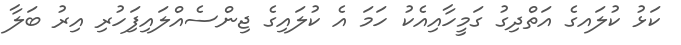
ކަޅު ކުލައގެ އަތްދިގު ގަމީހާއިއެކު ހަމަ އެ ކުލައިގެ ޖިންސެއްލައިފަިހުރި އިރު ބަލާ